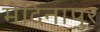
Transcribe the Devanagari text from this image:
मेदिनापुर